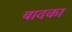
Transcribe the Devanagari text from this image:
बादका